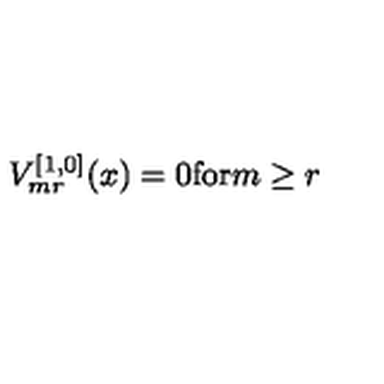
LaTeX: V _ { m r } ^ { [ 1 , 0 ] } ( x ) = 0 \mathrm { f o r } m \ge r